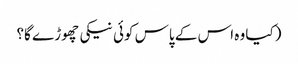
(کیا وہ اس کے پاس کوئی نیکی چھوڑے گا؟